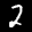
Label: 2